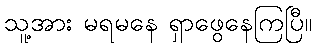
သူ့အား မရမနေ ရှာဖွေနေကြပြီ။